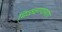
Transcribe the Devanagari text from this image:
मिळवण्यामागे